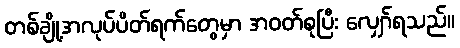
တစ်ချို့အလုပ်ပိတ်ရက်တွေမှာ အဝတ်စုပြီး လျှော်ရသည်။